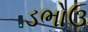
ડભોઉ